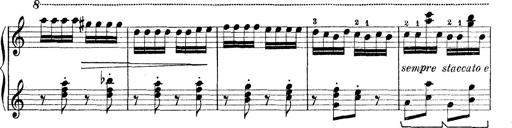
Title: Rapsodie: 19 ungheresi, 1 spagnuola
Composer: Franz Liszt